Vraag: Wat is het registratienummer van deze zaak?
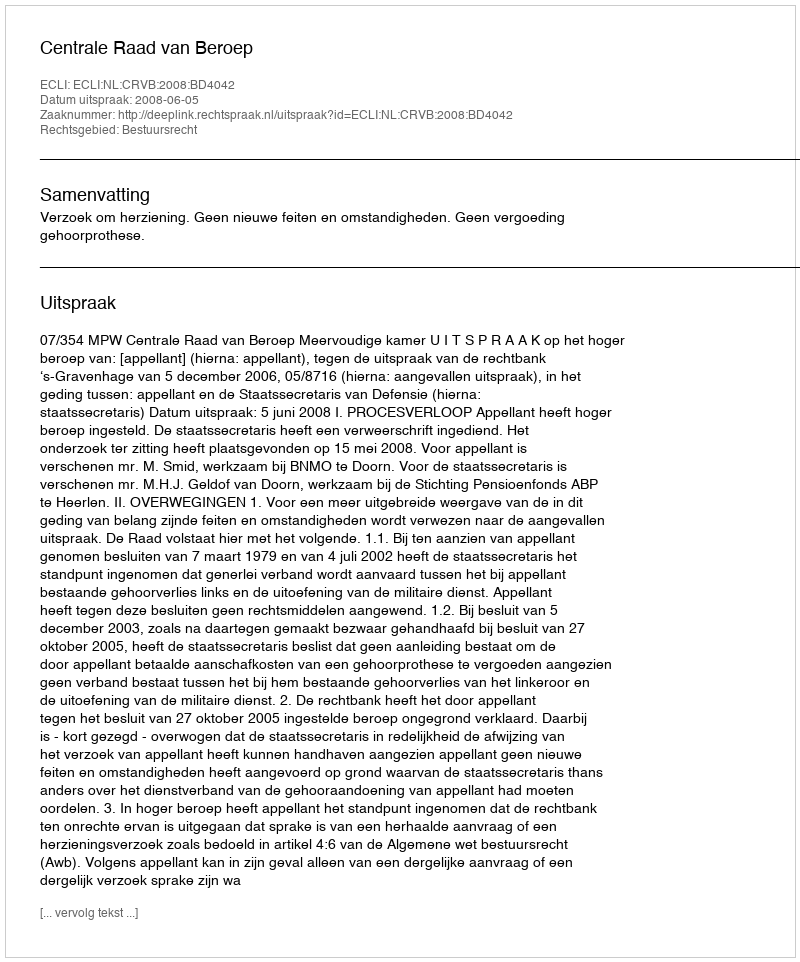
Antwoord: http://deeplink.rechtspraak.nl/uitspraak?id=ECLI:NL:CRVB:2008:BD4042